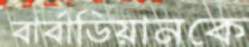
বার্বাডিয়ানকে